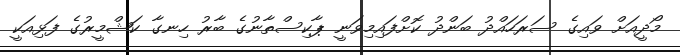
މޯދީއަށް ވައިގެ ސަރަހައްދު ބަންދު ކޮށްފައިމިވަނީ ޕާކިސްތާނުގެ ބާރު ހިނގާ ކަޝްމީރުގެ ފަޅިއަކީ